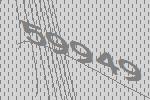
59949